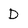
Character: D